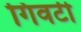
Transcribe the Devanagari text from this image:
गिवर्टी